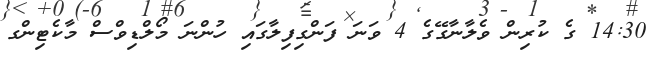
14:30 ގެ ކުރިން ވެލާނާގޭގެ 4 ވަނަ ފަންގިފިލާގައި ހުންނަ މޯލްޑިވްސް މާކެޓިންގ